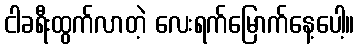
ငါခရီးထွက်လာတဲ့ လေးရက်မြောက်နေ့ပေါ့။